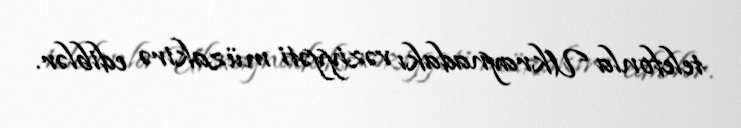
telefonla Ukraynadakı vəziyyəti müzakirə ediblər.